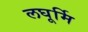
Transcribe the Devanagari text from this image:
लघूर्मि